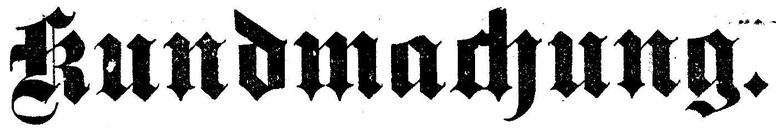
Kundmachung.